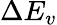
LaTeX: \Delta E_{v}